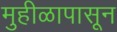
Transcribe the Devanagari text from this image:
मुहीळापासून